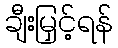
ချီးမြှင့်ရန်